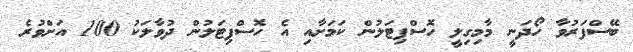
ބޭސްފަރުވާ ހޯދަނީ މާމިގިލީ ހޮސްޕިޓަލުން ކަމަށާއި އެ ހޮސްޕިޓަލުން ދުވާލަކު 100 އަށްވުރެ